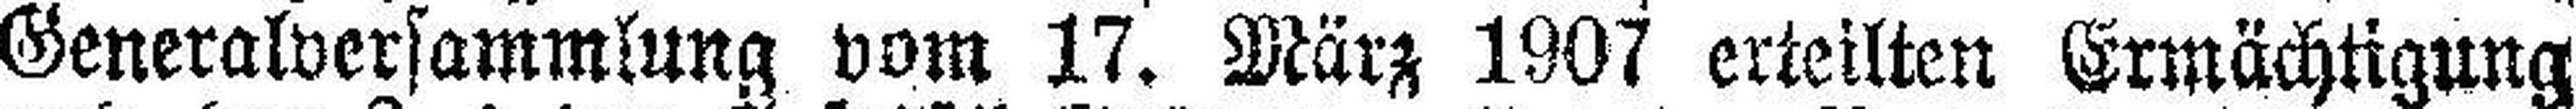
Generalversammlung vom 17. März 1907 erteilten Ermächtigung